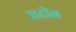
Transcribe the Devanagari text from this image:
एदीब